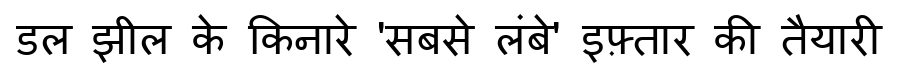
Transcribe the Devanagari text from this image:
डल झील के किनारे 'सबसे लंबे' इफ़्तार की तैयारी